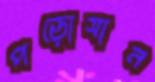
পড়োসান